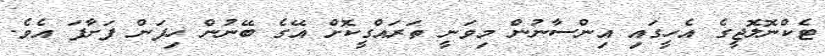
ޓެކްނޮލޮޖީގެ އެހީގައި އިންސާނުން މިވަނީ ތަރައްގީކޮށް އޭގެ ބޭނުން ހިފަން ފަށާފަ އެވެ.